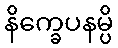
နိက္ခေပနမ္ပိ